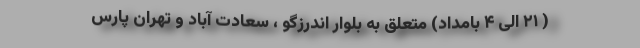
( ۲۱ الی ۴ بامداد) متعلق به بلوار اندرزگو ، سعادت آباد و تهران پارس